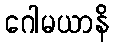
ဂေါမယာနိ